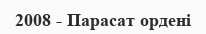
2008 - Парасат ордені